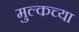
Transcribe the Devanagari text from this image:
मुल्कच्या